Insane asylums Bombay 1873-77 - 1873-1877
Year: 1873
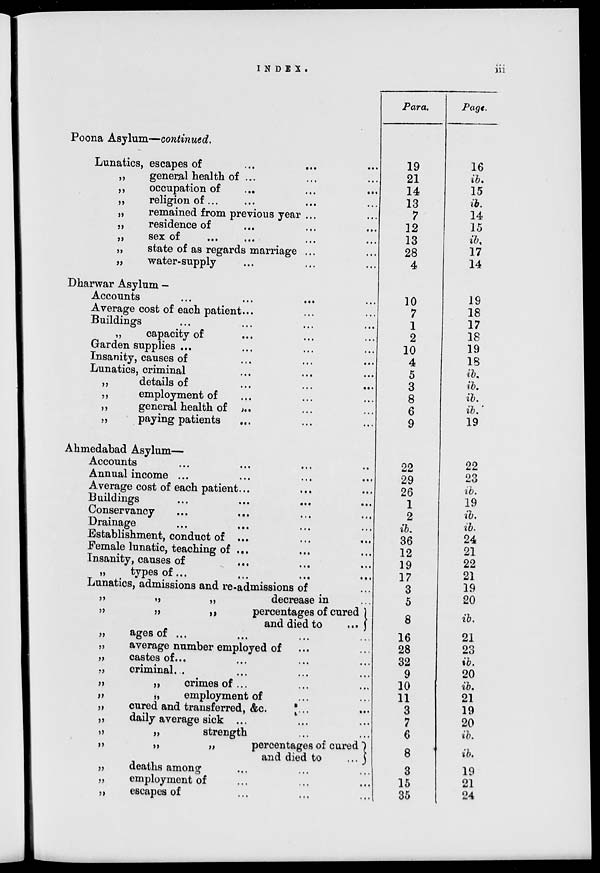
INDEX.
iii
Poona Asylum—continued.
Lunatics, escapes of ... ... ...
„
general health of ... ... ...
„
occupation of ... ... ...
„
religion of ... ... ... ...
„
remained from previous year ... ...
„
residence of ... ... ...
„
sex
of
...
...
...
...
„
state of as regards marriage ... ...
„
water-supply ... ... ...
Dharwar Asylum —
Accounts ... ... ... ...
Average cost of each patient ... ... ...
Buildings ... ... ... ...
„
capacity of ... ... ...
Garden supplies ... ... ... ...
Insanity, causes of ... ... ...
Lunatics, criminal ... ... ...
„
details of ... ... ...
„
employment of ... ... ...
„
general health of ... ... ...
paying patients ... ... ...
Ahmedabad Asylum—
Accounts ... ... ... ...
Annual income ... ... ... ...
Average cost of each patient ... ... ...
Buildings ... ... ... ...
Conservancy ... ... ... ...
Drainage
...
...
Establishment, conduct of ... ... ...
Female lunatic, teaching of ... ... ...
Insanity, causes of ... ... ...
„
types of
...
...
...
...
Lunatics, admissions and re-admissions of ...
„
„
„
decrease in ...
„
„
„
percentages of cured
and died to
...
„
ages of ... ... ... ...
„
average number employed of ... ...
„
castes of ... ... ... ...
„
criminal ... ... ... ...
„
„
crimes of ... ... ...
„
„
employment of ...
„
cured and transferred, &c. ... ...
„
daily average sick ... ... ...
„
„
strength ... ...
„
„
„
percentages of cured
and died to
...
„
deaths among ... ... ...
„
employment of ... ... ...
„
escapes of ... ... ...
Para.
19
21
14
13
7
12
13
28
4
10
7
1
2
10
4
5
3
8
6
9
22
29
26
1
2
ib.
36
12
19
17
3
5
8
16
28
32
9
10
11
3
7
6
8
3
15
35
Page.
16
ib.
15
ib.
14
15
ib.
17
14
19
18
17
18
19
18
ib.
ib.
ib.
ib.
19
22
23
ib.
19
ib.
ib.
24
21
22
21
19
20
ib.
21
23
ib.
20
ib.
21
19
20
ib.
ib.
19
21
24